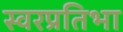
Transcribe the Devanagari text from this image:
स्वरप्रतिभा